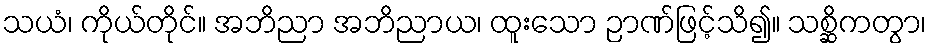
သယံ၊ ကိုယ်တိုင်။ အဘိညာ အဘိညာယ၊ ထူးသော ဉာဏ်ဖြင့်သိ၍။ သစ္ဆိကတွာ၊